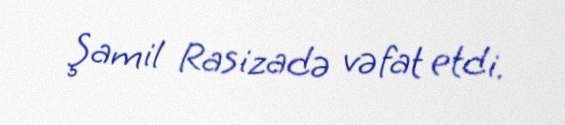
Şamil Rasizadə vəfat etdi.